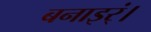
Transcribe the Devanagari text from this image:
बनाइर्ं।